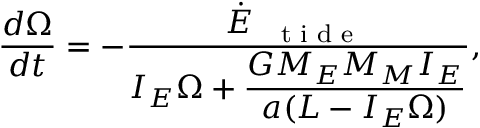
\frac { d \Omega } { d t } = - \frac { \displaystyle \dot { E } _ { \mathrm { ~ \scriptsize ~ { ~ t ~ i ~ d ~ e ~ } ~ } } } { \displaystyle I _ { E } \Omega + \frac { G M _ { E } M _ { M } I _ { E } } { a ( L - I _ { E } \Omega ) } } ,